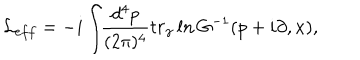
LaTeX: { \cal L } _ { e f f } = - i \int \! \! { \frac { d ^ { 4 } p } { ( 2 \pi ) ^ { 4 } } } t r _ { \gamma } \, l n \, G ^ { - 1 } ( p + i \partial , x ) ,